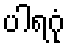
ပါရဂုံ